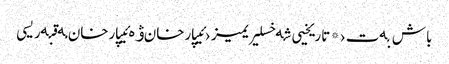
باش بەت › * تاریخیی شەخسلیریمیز › ئیپارخان ۋە ئیپارخان مەقبەریسی